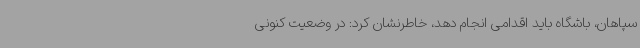
سپاهان، باشگاه باید اقدامی انجام دهد، خاطرنشان کرد: در وضعیت کنونی